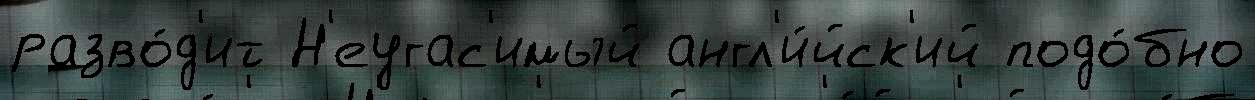
разво́д'ит Н'еугас'имый англ'и́йск'ий подо́бно